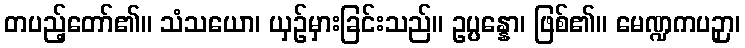
တပည့်တော်၏။ သံသယော၊ ယှဉ်မှားခြင်းသည်။ ဥပ္ပန္နော၊ ဖြစ်၏။ မေဏ္ဍကပဉှာ၊